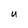
Character: U